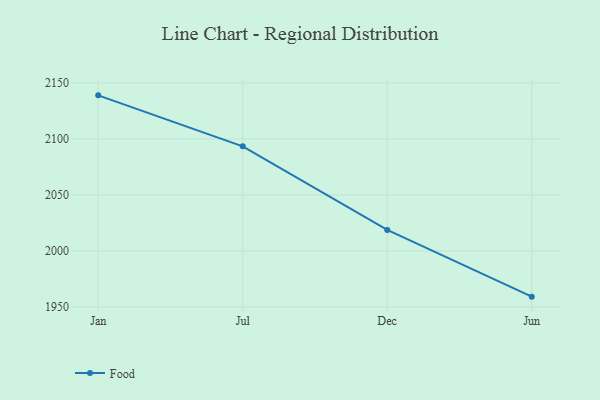
{"axis": {"x": "Month", "y": "Waste Production (Tons)"}, "legend": ["Food"], "data": [{"x": "Jan", "y": 2138.9, "type": "Food"}, {"x": "Jul", "y": 2093.4, "type": "Food"}, {"x": "Dec", "y": 2018.8, "type": "Food"}, {"x": "Jun", "y": 1959.3, "type": "Food"}]}